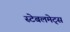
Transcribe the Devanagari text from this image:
स्टेबलमेट्स